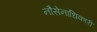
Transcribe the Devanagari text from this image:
नौसेनाधिकारी